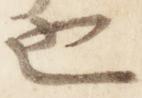
也